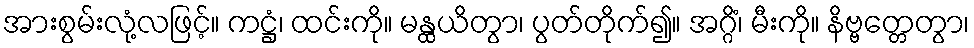
အားစွမ်းလုံ့လဖြင့်။ ကဋ္ဌံ၊ ထင်းကို။ မန္ထယိတွာ၊ ပွတ်တိုက်၍။ အဂ္ဂိံ၊ မီးကို။ နိဗ္ဗတ္တေတွာ၊